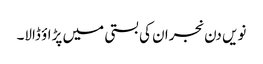
نویں دن نجران کی بستی میں پڑاؤ ڈالا۔